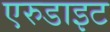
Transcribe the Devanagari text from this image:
एरुडाइट